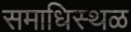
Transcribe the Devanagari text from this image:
समाधिस्‍थळ